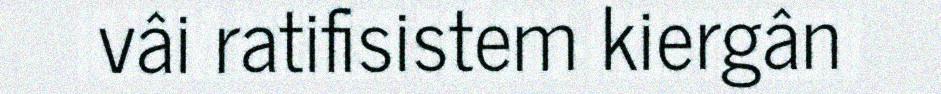
vâi ratifisistem kiergân